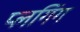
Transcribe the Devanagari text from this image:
प्लगिंग